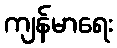
ကျန်မာရေး